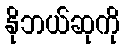
နိုဘယ်ဆုကို